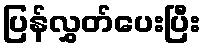
ပြန်လွှတ်ပေးပြီး